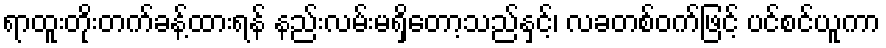
ရာထူးတိုးတက်ခန့်ထားရန် နည်းလမ်းမရှိတော့သည်နှင့်၊ လခတစ်ဝက်ဖြင့် ပင်စင်ယူကာ